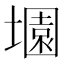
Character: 𡑰